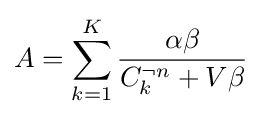
A=\sum _{k=1}^{K}{\frac {\alpha \beta }{C_{k}^{\neg n}+V\beta }}